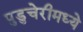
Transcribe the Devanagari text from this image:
पुडुचेरीमध्ये